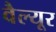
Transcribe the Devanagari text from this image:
वैल्यूर